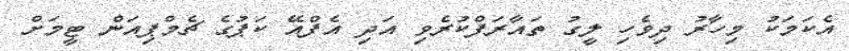
އެކަމަކު މިހާރު ދިވެހި ލީގު ތައާރަފްކުރެވި އަދި އެފްއޭ ކަޕުގެ ޗެމްޕިއަން ޓީމަށް